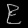
Digit: ၉